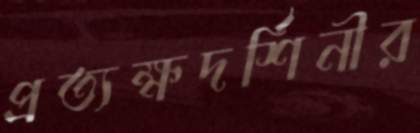
প্রত্যক্ষদর্শিনীর